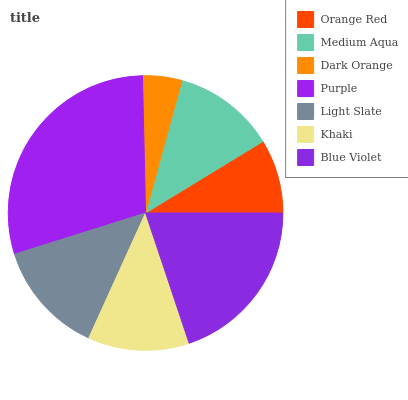
| Orange Red | Medium Aqua | Dark Orange | Purple | Light Slate | Khaki | Blue Violet |
 | --- | --- | --- | --- | --- | --- | --- |
 | 8.72% | 12% | 4.62% | 29.4% | 13.4% | 11.9% | 19.9% |